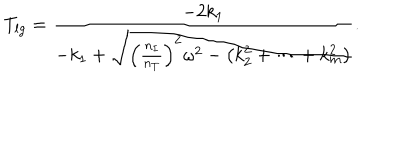
T _ { l g } = { \frac { - 2 k _ { 1 } } { - k _ { 1 } + \sqrt { \left( { \frac { n _ { I } } { n _ { T } } } \right) ^ { 2 } \omega ^ { 2 } - \left( k _ { 2 } ^ { 2 } + \cdots + k _ { m } ^ { 2 } \right) } } } .